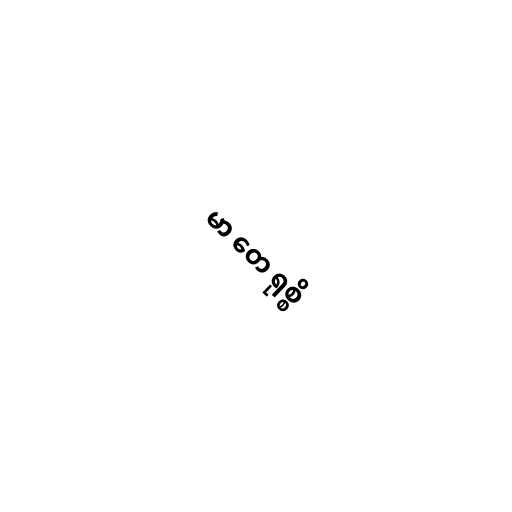
မာ တေ ရုစ္စိ